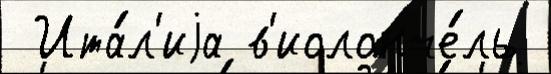
 Ита́л'иjа в'иолонче́ль